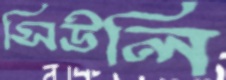
সিউলি